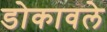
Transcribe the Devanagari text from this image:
डोकावले